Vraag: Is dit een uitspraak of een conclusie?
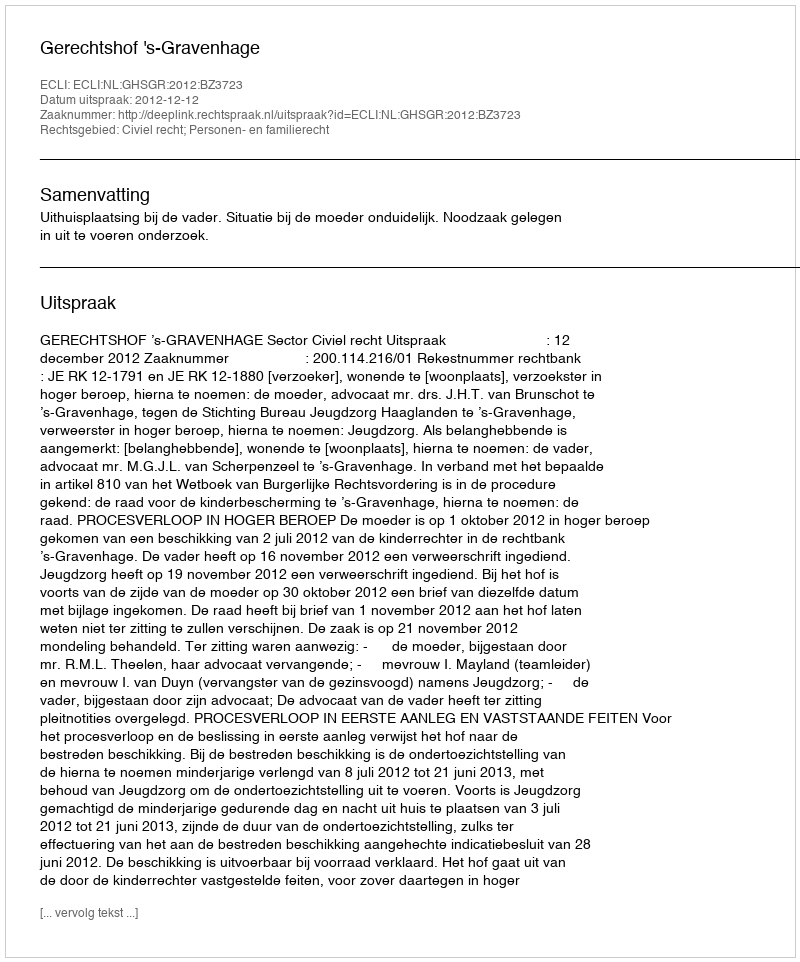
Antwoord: Uitspraak